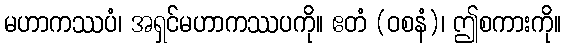
မဟာကဿပံ၊ အရှင်မဟာကဿပကို။ ဧတံ (ဝစနံ)၊ ဤစကားကို။